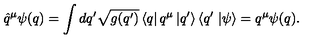
\hat { q } ^ { \mu } \psi ( q ) = \int d q ^ { \prime } \sqrt { g ( q ^ { \prime } ) } \left\langle q \right| q ^ { \mu } \left| q ^ { \prime } \right\rangle \left\langle q ^ { \prime } \right. \left| \psi \right\rangle = q ^ { \mu } \psi ( q ) .